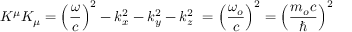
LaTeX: K ^ { \mu } K _ { \mu } = \left( { \frac { \omega } { c } } \right) ^ { 2 } - k _ { x } ^ { 2 } - k _ { y } ^ { 2 } - k _ { z } ^ { 2 } \ = \left( { \frac { \omega _ { o } } { c } } \right) ^ { 2 } = \left( { \frac { m _ { o } c } { \hbar } } \right) ^ { 2 }